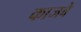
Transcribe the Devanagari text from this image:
काजवे